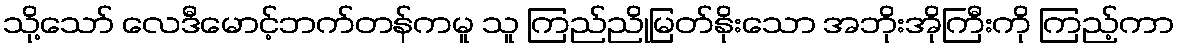
သို့သော် လေဒီမောင့်ဘက်တန်ကမူ သူ ကြည်ညိုမြတ်နိုးသော အဘိုးအိုကြီးကို ကြည့်ကာ